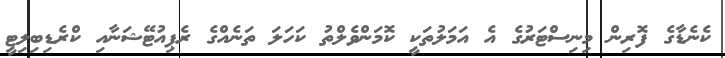
ކެނެޑާގެ ފޮރިން މިނިސްޓަރުގެ އެ އަމަލުތަކީ ކޮމަންވެލްތު ކަހަލަ ތަނެއްގެ ރެޕިއުޓޭޝަނާއި ކްރެޑިބިލިޓީ